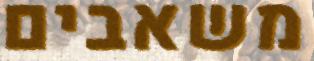
משאבים